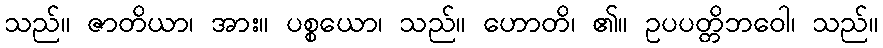
သည်။ ဇာတိယာ၊ အား။ ပစ္စယော၊ သည်။ ဟောတိ၊ ၏။ ဥပပတ္တိဘဝေါ၊ သည်။